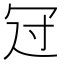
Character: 𠖁